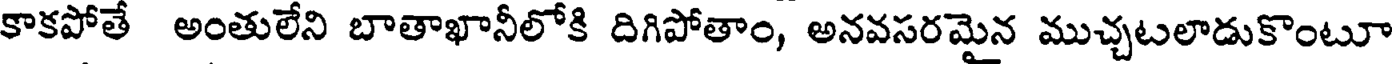
కాకపోతే అంతులేని బాతాఖానీలోకి దిగిపోతాం, అనవసరమైన ముచ్చటలాడుకొంటూ